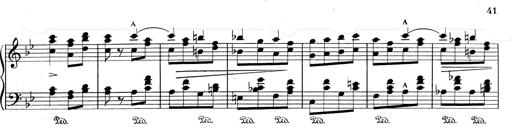
Title: RÃ©miniscences de Don Juan
Composer: Franz Liszt